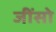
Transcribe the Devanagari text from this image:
जींसो